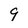
Character: 9